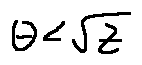
\theta < \sqrt { z }